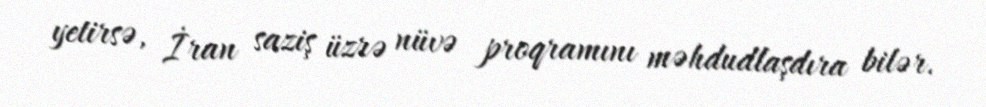
yetirsə, İran saziş üzrə nüvə proqramını məhdudlaşdıra bilər.